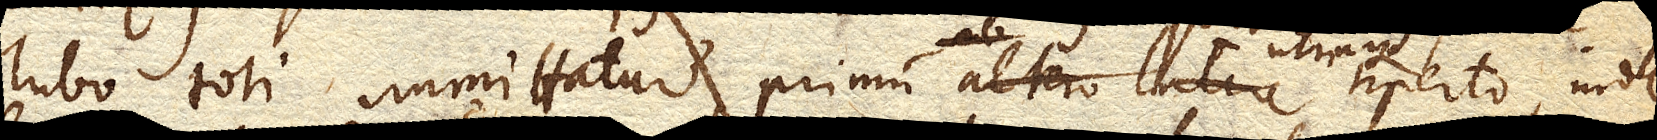
Tubo toti immittatur, primum ab altero latere utrinque aperto, inde